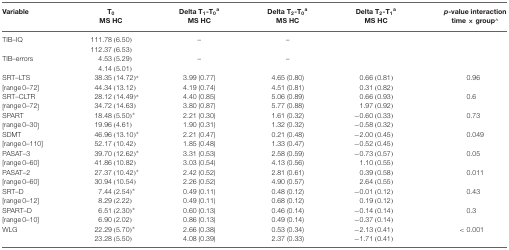
<table><thead><tr><td><b>Variable</b></td><td><b>T<sub>0</sub> MS HC</b></td><td><b>Delta T<sub>1</sub>-T<sub>0</sub><sup>a</sup> MS HC</b></td><td><b>Delta T<sub>2</sub>-T<sub>0</sub><sup>a</sup> MS HC</b></td><td><b>Delta T<sub>2</sub>-T<sub>1</sub><sup>a</sup> MS HC</b></td><td><b><i>p</i>-value interaction time × group<sup>∧</sup></b></td></tr></thead><tbody><tr><td>TIB–IQ</td><td>111.78 (6.50)</td><td>–</td><td>–</td><td></td><td></td></tr><tr><td></td><td>112.37 (6.53)</td></tr><tr><td>TIB–errors</td><td>4.53 (5.29)</td><td>–</td><td>–</td><td></td><td></td></tr><tr><td></td><td>4.14 (5.01)</td></tr><tr><td>SRT–LTS</td><td>38.35 (14.72)*</td><td>3.99 (0.77)</td><td>4.65 (0.80)</td><td>0.66 (0.81)</td><td>0.96</td></tr><tr><td>[range 0–72]</td><td>44.34 (13.12)</td><td>4.19 (0.74)</td><td>4.51 (0.81)</td><td>0.31 (0.82)</td><td></td></tr><tr><td>SRT–CLTR</td><td>28.12 (14.49)*</td><td>4.40 (0.85)</td><td>5.06 (0.89)</td><td>0.66 (0.93)</td><td>0.6</td></tr><tr><td>[range 0–72]</td><td>34.72 (14.63)</td><td>3.80 (0.87)</td><td>5.77 (0.88)</td><td>1.97 (0.92)</td><td></td></tr><tr><td>SPART</td><td>18.48 (5.50)*</td><td>2.21 (0.30)</td><td>1.61 (0.32)</td><td>−0.60 (0.33)</td><td>0.73</td></tr><tr><td>[range 0–30]</td><td>19.96 (4.61)</td><td>1.90 (0.31)</td><td>1.32 (0.32)</td><td>−0.58 (0.32)</td><td></td></tr><tr><td>SDMT</td><td>46.96 (13.10)*</td><td>2.21 (0.47)</td><td>0.21 (0.48)</td><td>−2.00 (0.45)</td><td>0.049</td></tr><tr><td>[range 0–110]</td><td>52.17 (10.42)</td><td>1.85 (0.48)</td><td>1.33 (0.47)</td><td>−0.52 (0.45)</td><td></td></tr><tr><td>PASAT–3</td><td>39.70 (12.62)*</td><td>3.31 (0.53)</td><td>2.58 (0.59)</td><td>−0.73 (0.57)</td><td>0.05</td></tr><tr><td>[range 0–60]</td><td>41.86 (10.82)</td><td>3.03 (0.54)</td><td>4.13 (0.56)</td><td>1.10 (0.55)</td><td></td></tr><tr><td>PASAT–2</td><td>27.37 (10.42)*</td><td>2.42 (0.52)</td><td>2.81 (0.61)</td><td>0.39 (0.58)</td><td>0.011</td></tr><tr><td>[range 0–60]</td><td>30.94 (10.54)</td><td>2.26 (0.52)</td><td>4.90 (0.57)</td><td>2.64 (0.55)</td><td></td></tr><tr><td>SRT–D</td><td>7.44 (2.54)*</td><td>0.49 (0.11)</td><td>0.48 (0.12)</td><td>−0.01 (0.12)</td><td>0.43</td></tr><tr><td>[range 0–12]</td><td>8.29 (2.22)</td><td>0.49 (0.11)</td><td>0.68 (0.12)</td><td>0.19 (0.12)</td><td></td></tr><tr><td>SPART–D</td><td>6.51 (2.30)*</td><td>0.60 (0.13)</td><td>0.46 (0.14)</td><td>−0.14 (0.14)</td><td>0.3</td></tr><tr><td>[range 0–10]</td><td>6.90 (2.02)</td><td>0.86 (0.13)</td><td>0.49 (0.14)</td><td>−0.37 (0.14)</td><td></td></tr><tr><td>WLG</td><td>22.29 (5.70)*</td><td>2.66 (0.38)</td><td>0.53 (0.34)</td><td>−2.13 (0.41)</td><td>&lt;0.001</td></tr><tr><td></td><td>23.28 (5.50)</td><td>4.08 (0.39)</td><td>2.37 (0.33)</td><td>−1.71 (0.41)</td><td></td></tr></tbody></table>